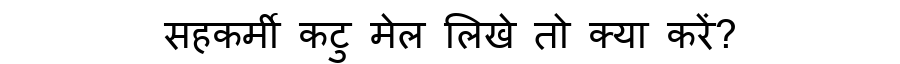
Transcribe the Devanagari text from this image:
सहकर्मी कटु मेल लिखे तो क्या करें?